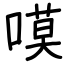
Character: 嗼